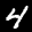
Label: 4